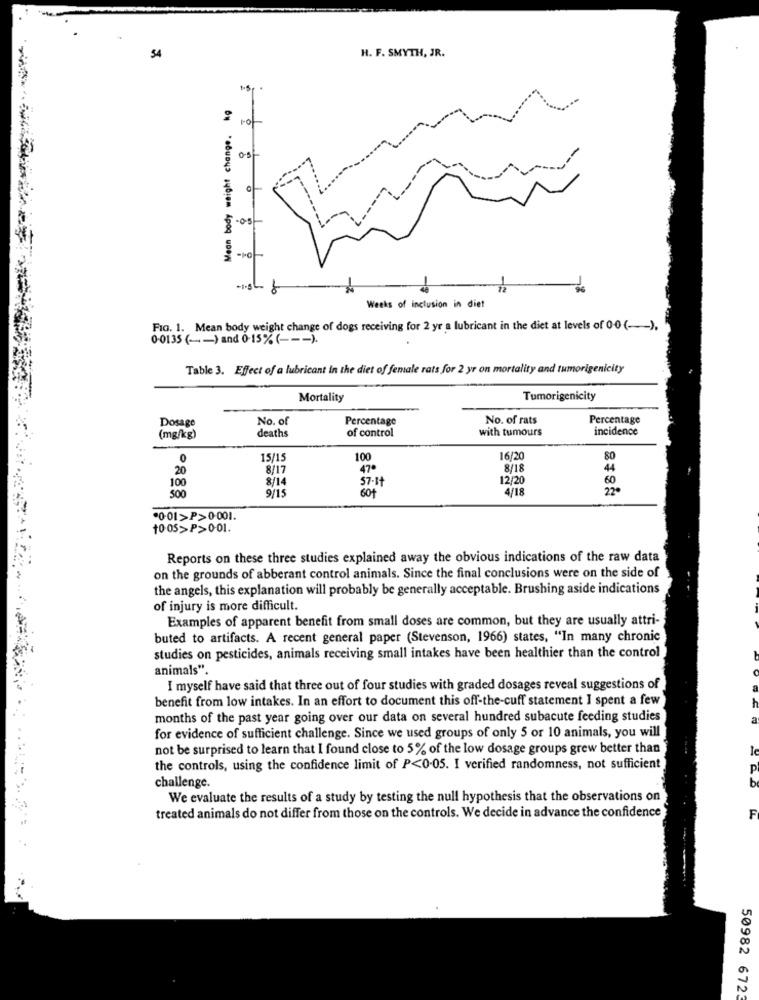
.
H. F. SMYTH, JR.
54
Mean body weight change. kg
-05-
12
Weeks of inclusion in diet
FIG. 1. Mean body weight change of dogs receiving for 2 yr a lubricant in the diet at levels of 0-0 ( -- ).
0-0135 ( -- ) and 0-15% ( --- ).
Table 3. Effect of a lubricant in the diet of female rats for 2 yr on mortality and tumorigenicity
Mortality
Tumorigenicity
Dosage
No. of
Percentage
No. of rats
Percentage
with tumours
incidence
(mg/kg)
deaths
of control
0
15/15
100
16/20
20
8/17
47.
8/18
44
8/14
12/20
60
100
500
9/15
60+
4/18
22
0-01>P>0-001.
10 05>P>0-01.
Reports on these three studies explained away the obvious indications of the raw data
on the grounds of abberant control animals. Since the final conclusions were on the side of
the angels, this explanation will probably be generally acceptable. Brushing aside indications
of injury is more difficult.
Examples of apparent benefit from small doses are common, but they are usually attri-
buted to artifacts. A recent general paper (Stevenson, 1966) states, "In many chronic
studies on pesticides, animals receiving small intakes have been healthier than the control
animals".
I myself have said that three out of four studies with graded dosages reveal suggestions of
benefit from low intakes. In an effort to document this off-the-cuff statement I spent a few
months of the past year going over our data on several hundred subacute feeding studies
a
for evidence of sufficient challenge. Since we used groups of only 5 or 10 animals, you will
not be surprised to learn that I found close to 5% of the low dosage groups grew better than
the controls, using the confidence limit of P<0-05. I verified randomness, not sufficient
challenge.
We evaluate the results of a study by testing the null hypothesis that the observations on
treated animals do not differ from those on the controls. We decide in advance the confidence
F
.
50982 6723